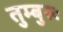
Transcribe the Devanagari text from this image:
तुम्बुरुः